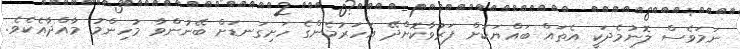
ނަމަވެސް ލޮނުމެދަކީ އެތައް ބައްޔަކަށް ފަރުވާކޮށްދޭ އަހަރުމެންގެ ހަށިގަނޑަށް ބޭނުންވާ މުހިންމު މާއްދާއެކެވެ.